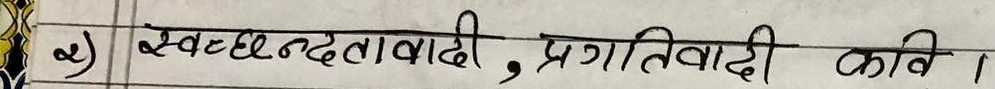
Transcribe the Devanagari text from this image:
२) स्वच्छंदतावादी, प्रगतिवादी कवि ।